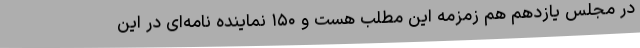
در مجلس یازدهم هم زمزمه این مطلب هست و ۱۵۰ نماینده نامه‌ای در این